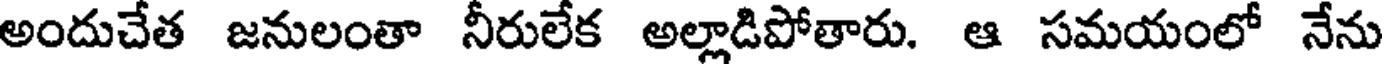
అందుచేత జనులంతా నీరులేక అల్లాడిపోతారు. ఆ సమయంలో నేను